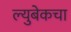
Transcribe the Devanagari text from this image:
ल्युबेकचा